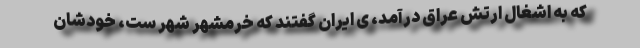
که به اشغال ارتش عراق درآمد، ی ایران گفتند که خرمشهر شهر ست، خودشان